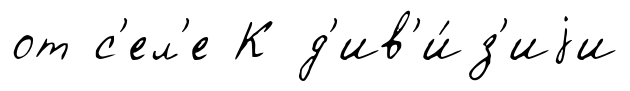
от с'ел'е К д'ив'и́з'иjи